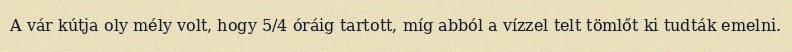
A vár kútja oly mély volt, hogy 5/4 óráig tartott, míg abból a vízzel telt tömlőt ki tudták emelni.